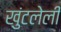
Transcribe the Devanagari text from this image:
खुंटलेली